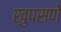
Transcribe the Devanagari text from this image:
खुपसणे